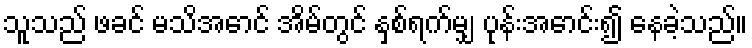
သူသည် ဖခင် မသိအောင် အိမ်တွင် နှစ်ရက်မျှ ပုန်းအောင်း၍ နေခဲ့သည်။